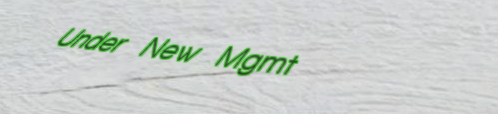
Under New Mgmt